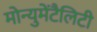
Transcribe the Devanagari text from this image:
मोन्युमेंटैलिटी